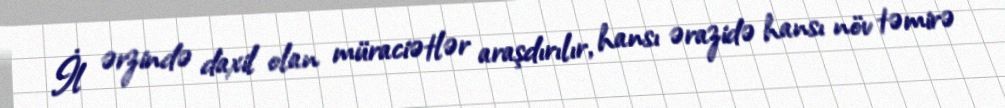
İl ərzində daxil olan müraciətlər araşdırılır, hansı ərazidə hansı növ təmirə